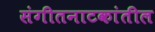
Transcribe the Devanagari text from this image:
संगीतनाटकांतील